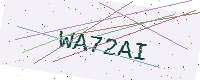
Text: WA72AI